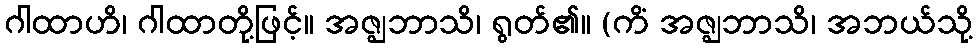
ဂါထာဟိ၊ ဂါထာတို့ဖြင့်။ အဇ္ဈဘာသိ၊ ရွတ်၏။ (ကိံ အဇ္ဈဘာသိ၊ အဘယ်သို့